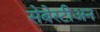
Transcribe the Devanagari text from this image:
सेबेस्टीअन